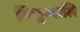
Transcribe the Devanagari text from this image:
विधुन्मालि